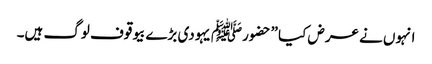
انہوں نے عرض کیا ”حضورﷺ یہودی بڑے بیوقوف لوگ ہیں۔